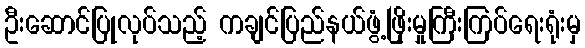
ဦးဆောင်ပြုလုပ်သည့် ကချင်ပြည်နယ်ဖွံ့ဖြိုးမှုကြီးကြပ်ရေးရုံးမှ